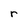
Character: r